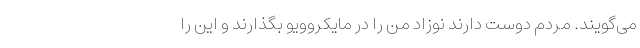
می‌گویند. مردم دوست دارند نوزاد من را در مایکروویو بگذارند و این را